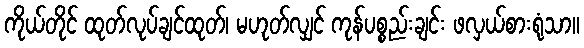
ကိုယ်တိုင် ထုတ်လုပ်ချင်ထုတ်၊ မဟုတ်လျှင် ကုန်ပစ္စည်းချင်း ဖလှယ်စားရုံသာ။